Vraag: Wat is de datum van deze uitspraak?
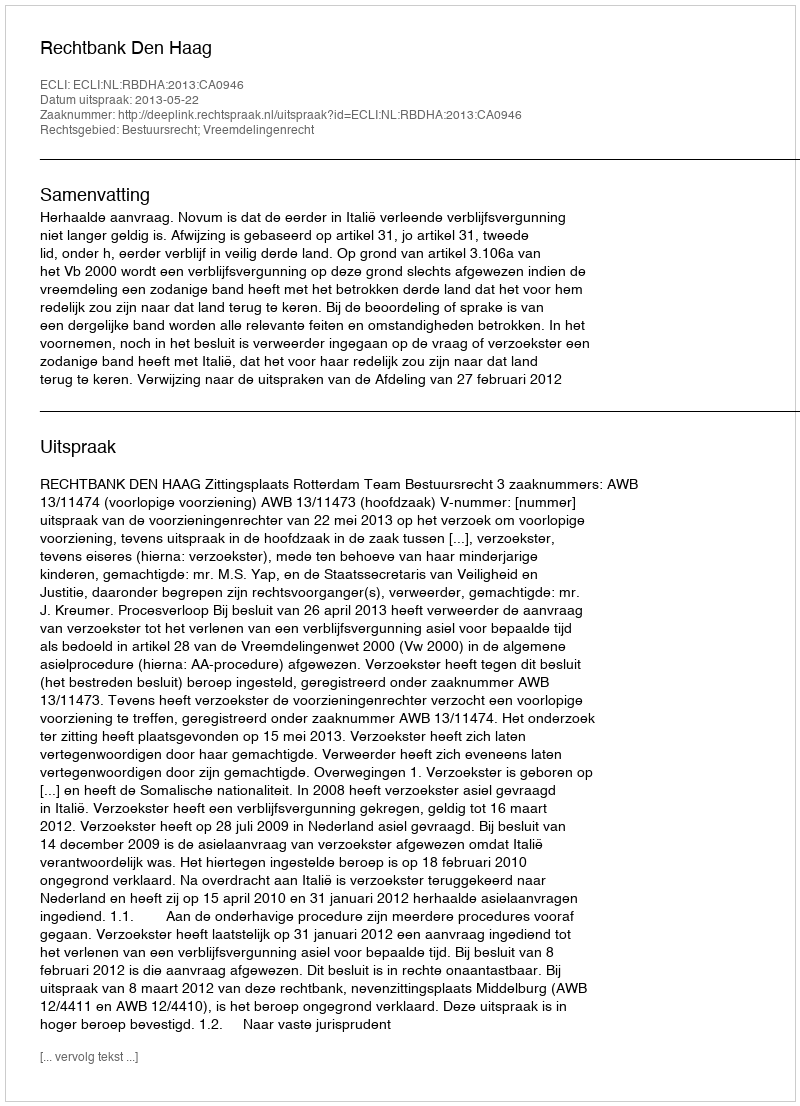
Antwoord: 2013-05-22